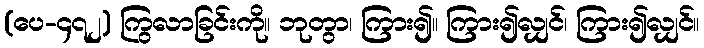
(ပေ-၄၇၂) ကြွလာခြင်းကို။ ဘုတွာ၊ ကြား၍။ ကြား၍လျှင်၊ ကြား၍လျှင်။